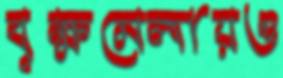
বৃক্ষমেলায়ও